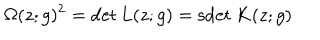
LaTeX: \Omega ( z ; g ) ^ { 2 } = \det L ( z ; g ) = \mathrm { s d e t } \: K ( z ; g )